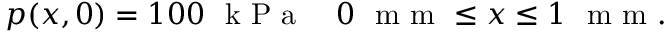
p ( x , 0 ) = 1 0 0 ~ \mathrm { ~ k ~ P ~ a ~ } \quad 0 ~ \mathrm { ~ m ~ m ~ } \leq x \leq 1 ~ \mathrm { ~ m ~ m ~ } .